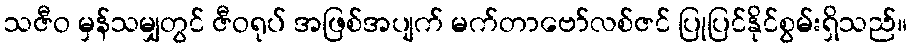
သဇီဝ မှန်သမျှတွင် ဇီဝရုပ် အဖြစ်အပျက် မက်တာဗော်လစ်ဇင် ပြုပြင်နိုင်စွမ်းရှိသည်။